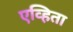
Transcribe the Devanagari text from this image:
एव्हिता